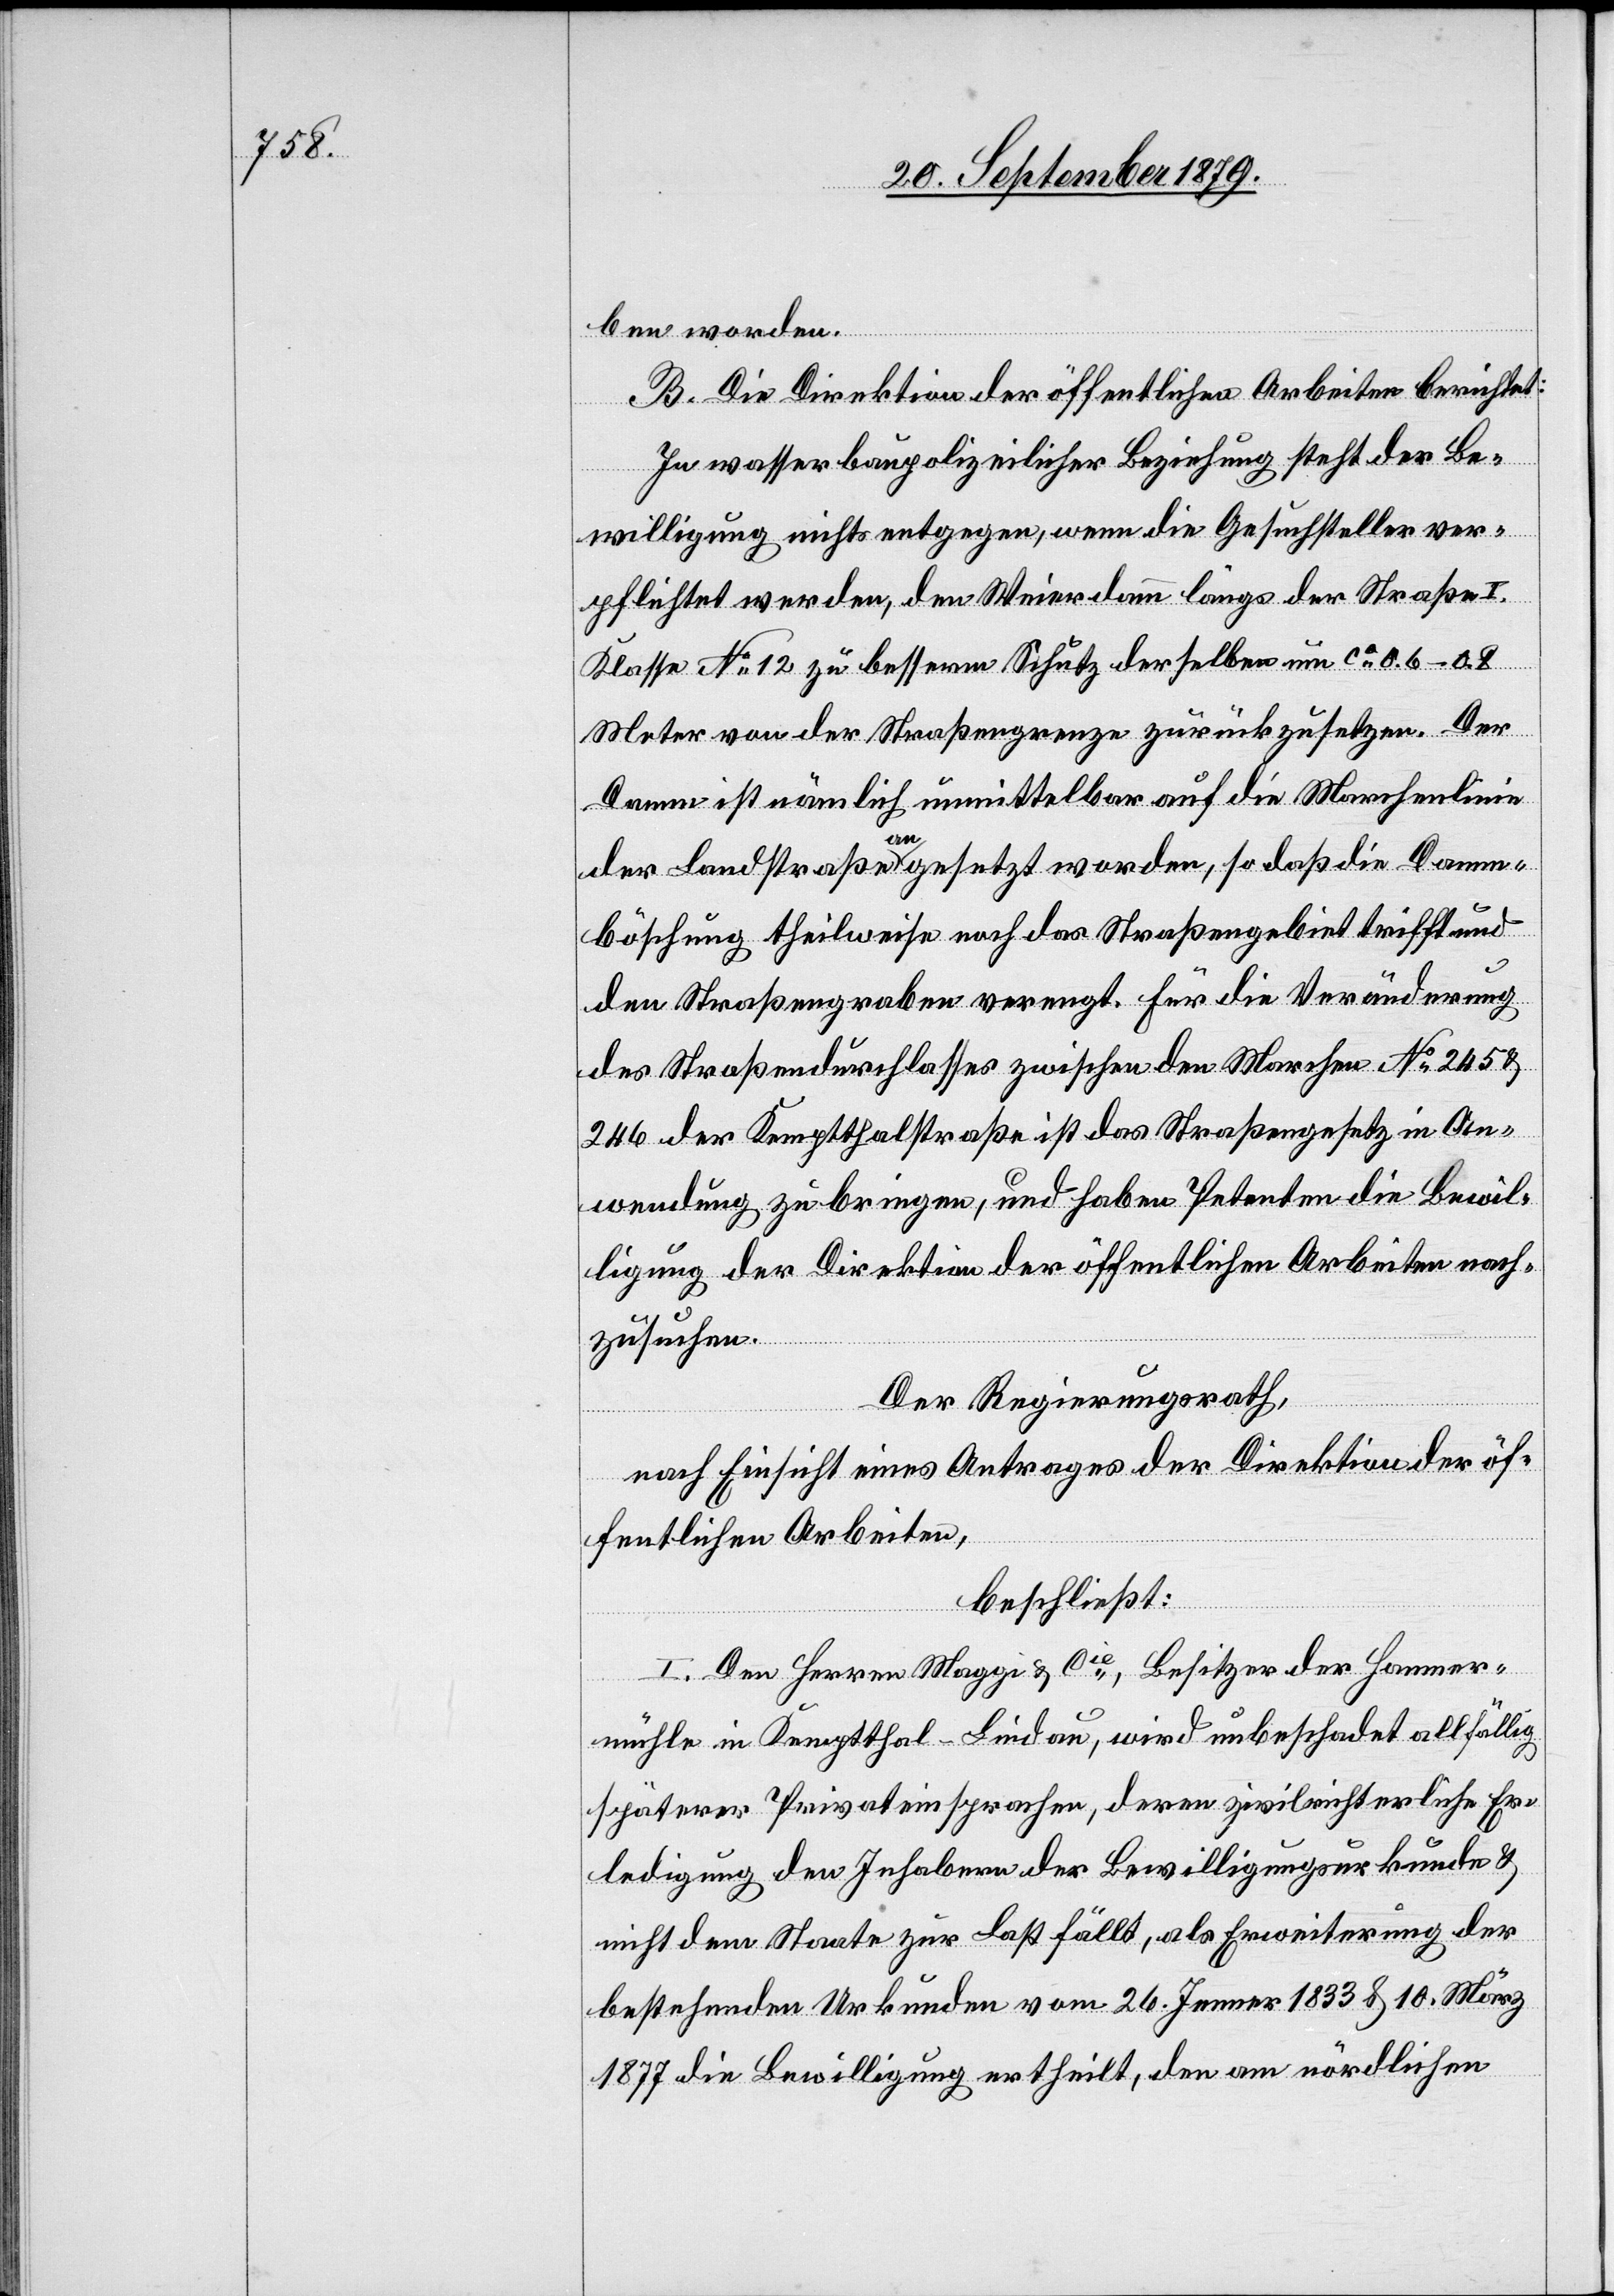
ben worden.
B. Die Direktion der öffentlichen Arbeiten berichtet:
In wasserbaupolizeilicher Beziehung steht der Be¬
willigung nichts entgegen, wenn die Gesuchsteller ver¬
pflichtet werden, den Weier dann längs der Straße I.
Klasse No 12 zu besserem Schutz derselben um ca 0.6–0.8
Meter von der Straßengrenze zurückzusetzen. Der
Damm ist nämlich unmittelbar auf die Marchenlinie
der Landstraße angesetzt worden, so daß die Damm¬
böschung theilweise noch das Straßengebiet trifft und
den Straßengraben verengt. Für die Veränderung
des Straßendurchlasses zwischen den Marchen No 245 &
246 der Kemptthalstraße ist das Straßengesetz in An¬
wendung zu bringen, und haben Petenten die Bewil¬
ligung der Direktion der öffentlichen Arbeiten nach¬
zusuchen.
Der Regierungsrath,
nach Einsicht eines Antrages der Direktion der öf¬
fentlichen Arbeiten,
beschließt:
I. Den Herren Maggi & Cie, Besitzer der Hammer¬
mühle in Kemptthal - Lindau, wird unbeschadet allfällig
späterer Privateinsprachen, deren zivilrichterliche Er¬
ledigung den Inhabern der Bewilligungsurkunde &
nicht dem Staate zur Last fällt, als Erweiterung der
bestehenden Urkunden vom 26. Jenner 1833 & 10. März
1877 die Bewilligung ertheilt, den am nördlichen